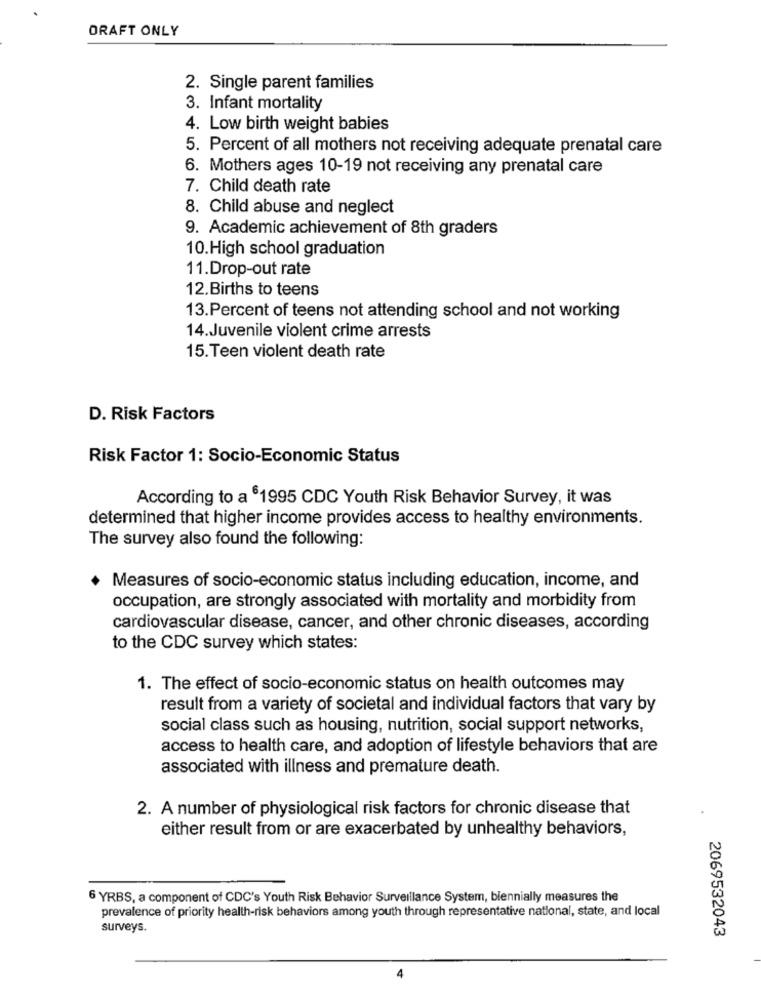
DRAFT ONLY
2. Single parent families
3. Infant mortality
4. Low birth weight babies
5. Percent of all mothers not receiving adequate prenatal care
6. Mothers ages 10-19 not receiving any prenatal care
7. Child death rate
8. Child abuse and neglect
9. Academic achievement of 8th graders
10.High school graduation
11.Drop-out rate
12.Births to teens
13.Percent of teens not attending school and not working
14.Juvenile violent crime arrests
15.Teen violent death rate
D. Risk Factors
Risk Factor 1: Socio-Economic Status
According to a 61995 CDC Youth Risk Behavior Survey, it was
determined that higher income provides access to healthy environments.
The survey also found the following:
Measures of socio-economic status including education, income, and
occupation, are strongly associated with mortality and morbidity from
cardiovascular disease, cancer, and other chronic diseases, according
to the CDC survey which states:
1. The effect of socio-economic status on health outcomes may
result from a variety of societal and individual factors that vary by
social class such as housing, nutrition, social support networks,
access to health care, and adoption of lifestyle behaviors that are
associated with illness and premature death.
2. A number of physiological risk factors for chronic disease that
either result from or are exacerbated by unhealthy behaviors,
6 YRBS, a component of CDC's Youth Risk Behavior Surveillance System, biennially measures the
prevalence of priority health-risk behaviors among youth through representative national, state, and local
surveys.
2069532043